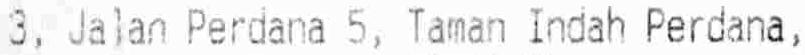
3, JALAN PERDANA 5, TAMAN INDAH PERDANA,